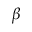
\ensuremath { \beta }